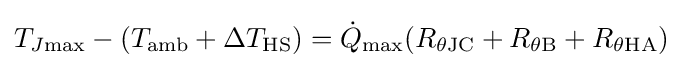
T_{J{\rm {max}}}-(T_{\rm {amb}}+\Delta T_{\rm {HS}})={\dot {Q}}_{\rm {max}}(R_{\theta {\rm {JC}}}+R_{\theta {\rm {B}}}+R_{\theta {\rm {HA}}})